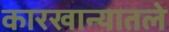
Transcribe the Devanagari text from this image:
कारखान्यातले